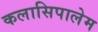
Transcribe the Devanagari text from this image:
कलासिपालेम